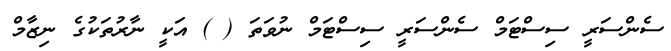
ސެންސަރީ ސިސްޓަމް ސެންސަރީ ސިސްޓަމް ނުވަތަ ( ) އަކީ ނާރުތަކުގެ ނިޒާމް